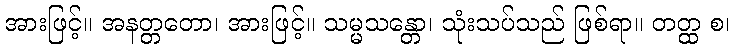
အားဖြင့်။ အနတ္တတော၊ အားဖြင့်။ သမ္မသန္တော၊ သုံးသပ်သည် ဖြစ်ရာ။ တတ္ထ စ၊